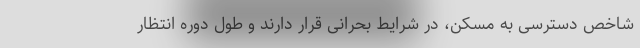
شاخص دسترسی به مسکن، در شرایط بحرانی قرار دارند و طول دوره انتظار